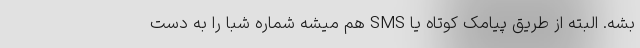
بشه. البته از طریق پیامک کوتاه یا SMS هم میشه شماره شبا را به دست